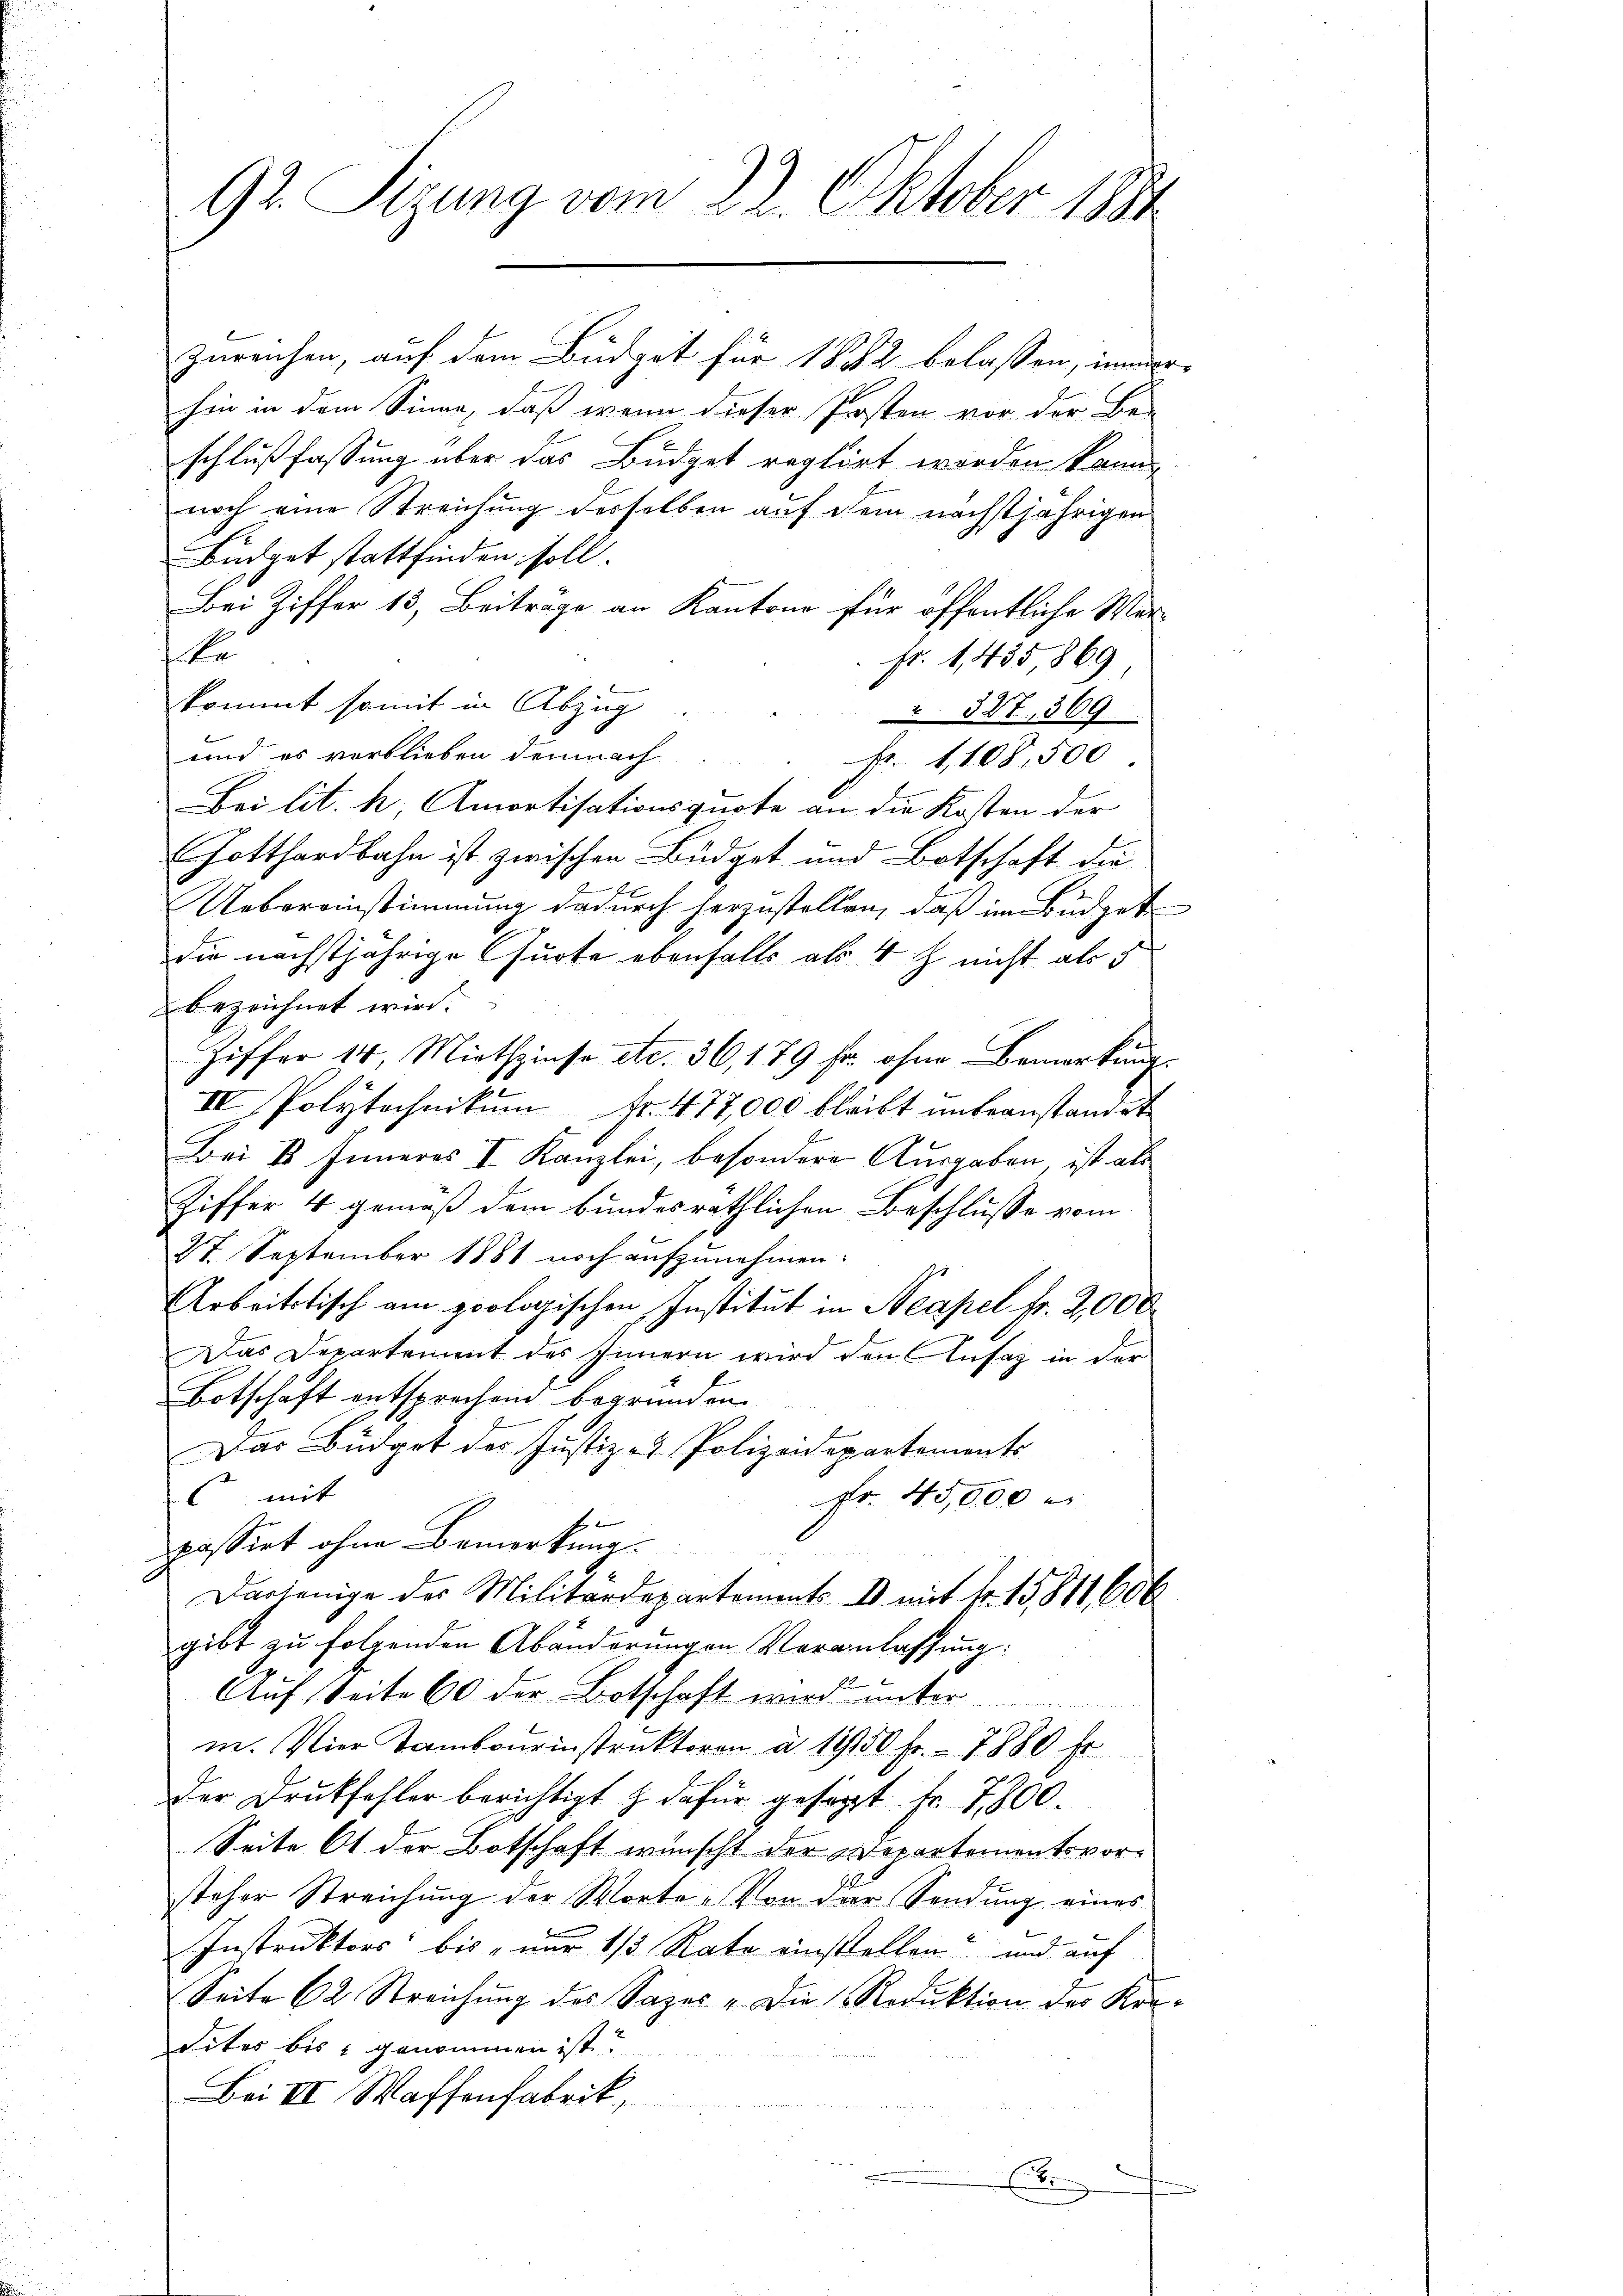
92. Sizung vom 22. Oktober 1891

zureichen, auf dem Büdget für 1882 belassen, imme
hin in dem Sinne, daß wenn dieser Posten vor der Be-
schlußfassung über das Budget reglirt werden kann,
noch eine Streichung desselben auf dem nächstjährigen
Büdget stattfinden soll.
Bei Ziffer 13, Beitrage an Kantone für öffentliche Merte
pr. 1,435869
kommt somit in Abzug
 327, 369
und es verblieben demnach
Fr. 1,108,500
Bei lit. h, Amortisationsquote an die Kosten der
Gotthardbahn ist zwischen Büdget und Botschaft die
Uebereinstimmung dadurch herzustellen, daß im Büdgetdie nächstjährige Gurte ebenfalls als 4 Z. nicht als 5
bezeichnet wird.
Ziffer 14, Miethzinse etc. 36, 179 f. ohne Bemerkung
IV Polytechnikum Fr. 477,000 bleibt unbeanstandet
Bei u Inneres I Kanzlei, besondere Ausgaben ist als
Ziffer 4 gemäß dem bundesräthlichen Beschlusse vom
27. September 1881 noch aufzunehmen.
Arbeitstisch am geologischen Institut in Neapel Fr. 2,000
Das Departement des Innern wird den Ansatz in der
Botschaft entsprechend begründen.
Das Büdget des Justiz- & Polizeidepartements
6 mit
Fr. 45,000 e
b
passirt ohne Bemerkung.
Derjenige des Militärdepartements II mit fr. 15811606
gibt zu folgenden Abänderungen Veranlassung:
Auf Seite 60 der Botschaft wird unter
ne. Vier Tambourinstruktoren d. 1950 Fr. 7880 fr
Der Druckfehler berichtigt & dafür gesagt Fr. 7800.
Seite 61 der Botschaft wünscht der Departementsvorsteher Streichŭng der Worte. Von der Sendung eines
Instruktors bis nur 1/3 Rate einstellen und auf
Seite 62 Streichung des Sazer „Die Reduktion der Kor
dites bis genommen ist?
Bei III Waffenfabrik,
E

.

x

x